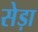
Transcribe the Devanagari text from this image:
सेड़ा